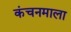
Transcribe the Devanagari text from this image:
कंचनमाला